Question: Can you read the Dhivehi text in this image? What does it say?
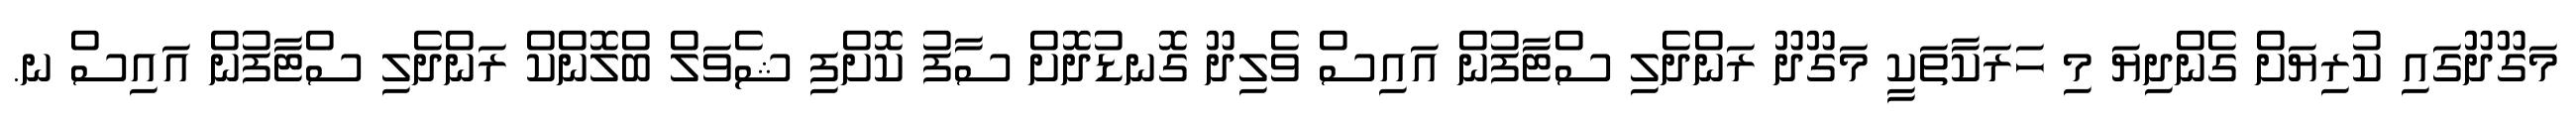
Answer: މަގޫދޫގައި ކުރިޔަށް ގެންދިޔަ މި ހަރަކާތަކީ މަގޫދޫ ރަންދެލި ސްޓާފުން އައިސް ވެލިދޫ ގޮނޑުދޮށް ސާފު ކޮށްފި ޝެވަލް ބްލޮންކް ރަންދެލި ސްޓާފުން އައިސް ނ.